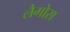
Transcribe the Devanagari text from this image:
लैगोस